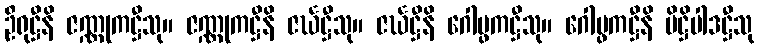
ဦရုဋ္ဌီနိ ဇဏ္ဏုကဋ္ဌီသု။ ဇဏ္ဏုကဋ္ဌီနိ ဇင်္ဃဋ္ဌီသု။ ဇင်္ဃဋ္ဌီနိ ဂေါပ္ဖကဋ္ဌီသု။ ဂေါပ္ဖကဋ္ဌီနိ ပိဋ္ဌိပါဒဋ္ဌီသု